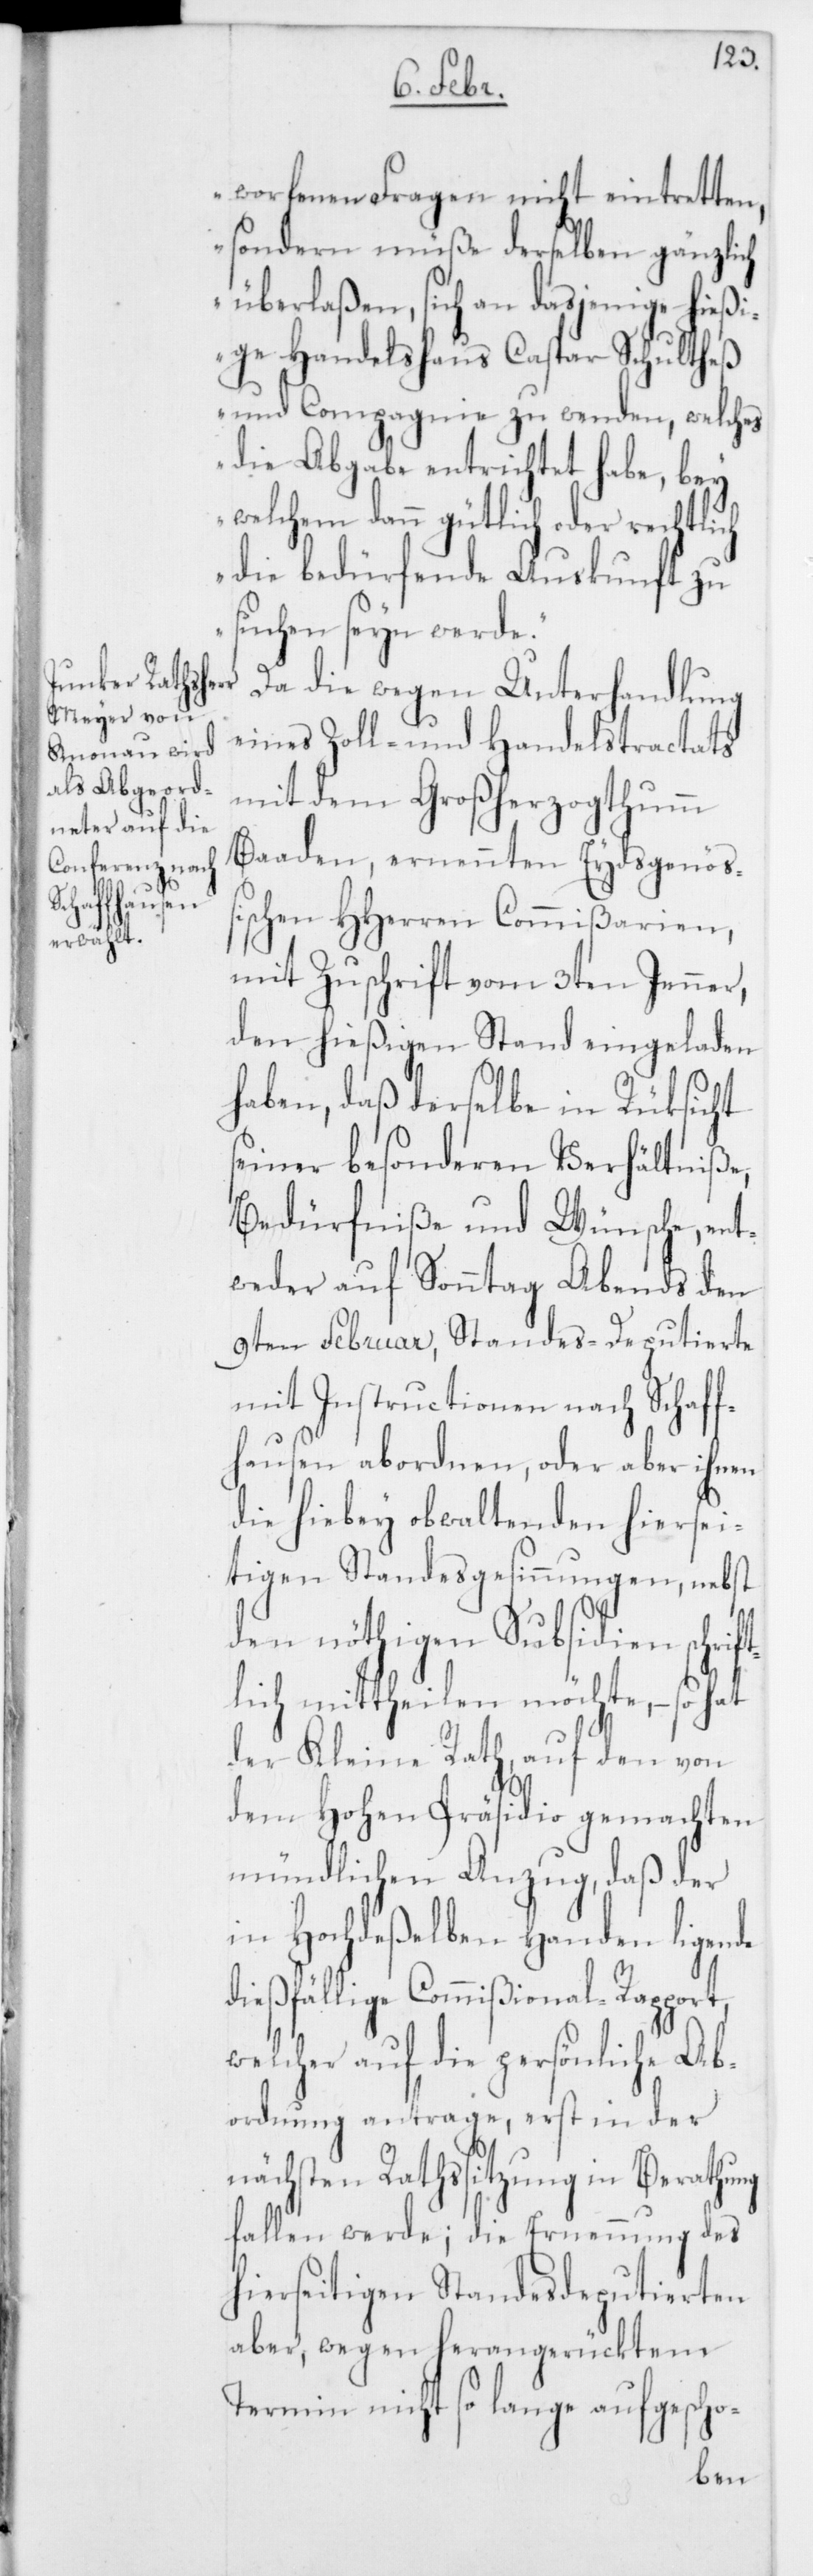
worfenen Fragen nicht eintretten,
sondern müße derselben gänzlich
überlaßen, sich an dasjenige hießi¬
ge Handelshaus Caspar Schultheß
und Compagnie zu wenden, welches
die Abgabe entrichtet habe, bey
welchem dann gütlich oder rechtlich
die bedürfende Auskunft zu
suchen seyn werde.“
Da die wegen Unterhandlung
eines Zoll- und Handelstractats
mit dem Großherzogthumm
Baaden, ernennten Eydsgenöß¬
ischen HHerren Commißarien,
mit Zuschrift vom 3ten Jenner,
den hießigen Stand eingeladen
haben, daß derselbe in Rüksicht
seiner besonderen Verhältniße,
Bedürfniße und Wünsche, ent¬
weder auf Sonntag Abends den
9ten Februar, Standes-Deputierte
mit Instructionen nach Schaff¬
hausen abordnen, oder aber ihnen
die hiebey obwaltenden hiersei¬
tigen Standesgesinnungen, nebst
den nöthigen Subsidien schrift¬
lich mittheilen möchte, – so hat
der Kleine Rath, auf den von
dem Hohen Präsidio gemachten
mündlichen Anzug, daß der
in Hochdeßelben Handen ligende
dießfällige Commißional-Rapport,
welcher auf die persönliche Ab¬
ordnung antrage, erst in der
nächsten Rathssitzung in Berathung
fallen werde; die Ernennung des
hierseitigen Standesdeputierten
aber, wegen herangerücktem
Termin nicht so lange aufgescho-